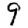
Digit: 9